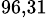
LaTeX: ^\mathrm{96,31}